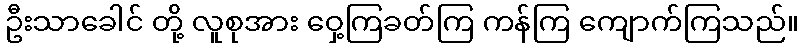
ဦးသာခေါင် တို့ လူစုအား ဝှေ့ကြခတ်ကြ ကန်ကြ ကျောက်ကြသည်။